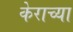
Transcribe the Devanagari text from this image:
केराच्या